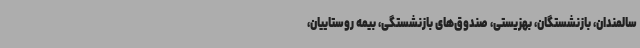
سالمندان، بازنشستگان، بهزیستی، صندوق‌های بازنشستگی، بیمه روستاییان،